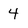
Character: 4